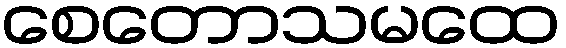
စေတောသမထေ